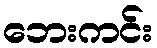
ဘေးကင်း